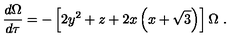
\frac { d \Omega } { d \tau } = - \left[ 2 y ^ { 2 } + z + 2 x \left( x + \sqrt { 3 } \right) \right] \Omega \ .